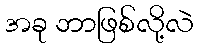
အခု ဘာဖြစ်လို့လဲ